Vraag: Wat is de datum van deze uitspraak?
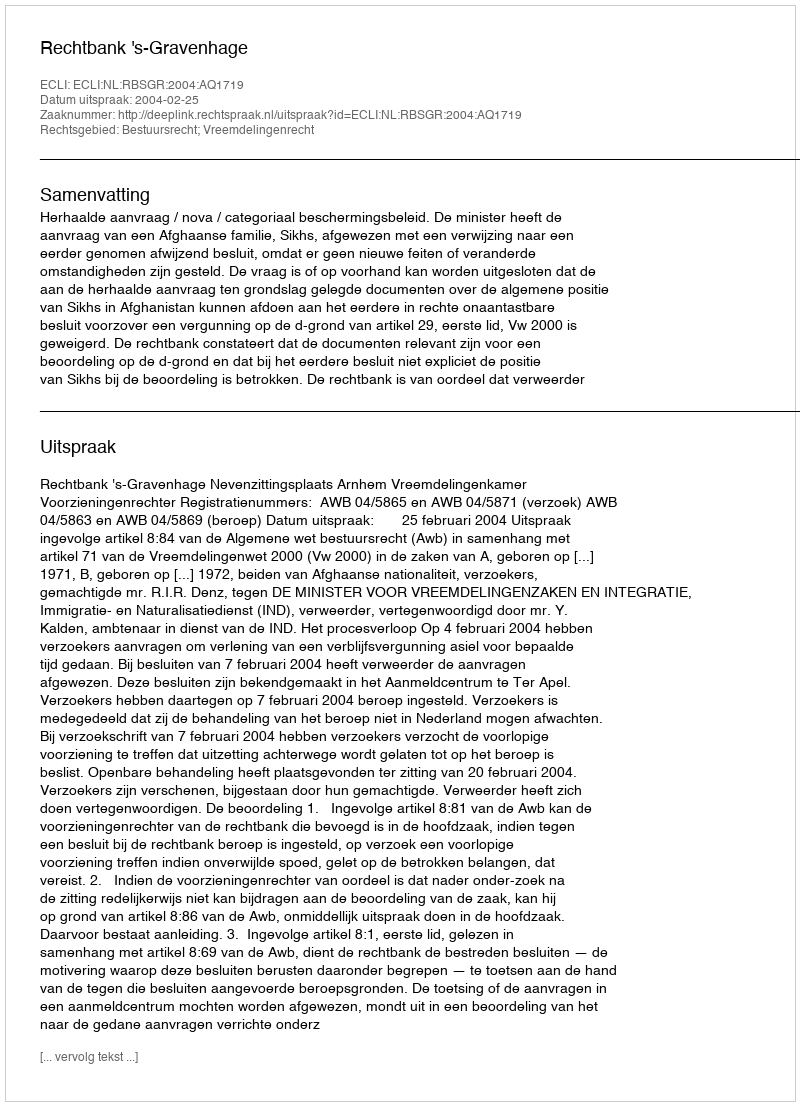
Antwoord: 2004-02-25